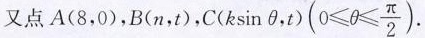
又点A(8，0)，B(n，t)， C(k sinθ ,t)$$( 0 ≤ θ ≤ \frac{ π }{ 2 } ).$$